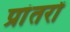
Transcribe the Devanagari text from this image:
प्रांतरों